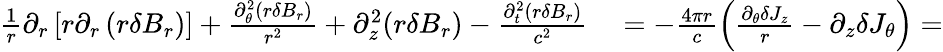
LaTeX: \begin{array}{r}{\begin{array}{rl}{\frac{1}{r}\partial_{r}\left[r\partial_{r}\left(r\delta B_{r}\right)\right]+\frac{\partial_{\theta}^{2}(r\delta B_{r})}{r^{2}}+\partial_{z}^{2}(r\delta B_{r})-\frac{\partial_{t}^{2}(r\delta B_{r})}{c^{2}}}&{{}=-\frac{4\pi r}{c}\left(\frac{\partial_{\theta}\delta J_{z}}{r}-\partial_{z}\delta J_{\theta}\right)=}\end{array}}\end{array}